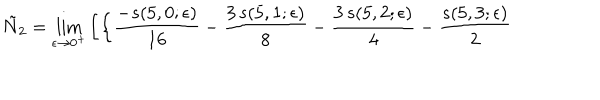
LaTeX: \tilde { N } _ { 2 } = \lim _ { \epsilon \rightarrow 0 ^ { + } } \left[ \left\{ { \frac { - s ( 5 , 0 ; \epsilon ) } { 1 6 } } - { \frac { 3 \, s ( 5 , 1 ; \epsilon ) } { 8 } } - { \frac { 3 \, s ( 5 , 2 ; \epsilon ) } { 4 } } - { \frac { s ( 5 , 3 ; \epsilon ) } { 2 } } \right. \right.